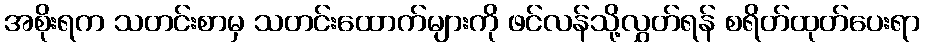
အစိုးရက သတင်းစာမှ သတင်းထောက်များကို ဖင်လန်သို့လွှတ်ရန် စရိတ်ထုတ်ပေးရာ